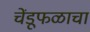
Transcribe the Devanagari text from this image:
चेंडूफळाचा